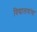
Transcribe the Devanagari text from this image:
विद्यालयांचा